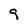
Character: 9